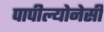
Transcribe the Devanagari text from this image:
पापील्योनेसी